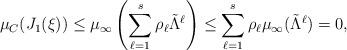
LaTeX: \begin{align*} \mu_C(J_1(\xi)) \le \mu_\infty \left ( \sum_{\ell=1}^s \rho_\ell \tilde\Lambda^{\ell} \right ) \le \sum_{\ell=1}^s \rho_\ell \mu_\infty(\tilde\Lambda^{\ell}) = 0, \end{align*}